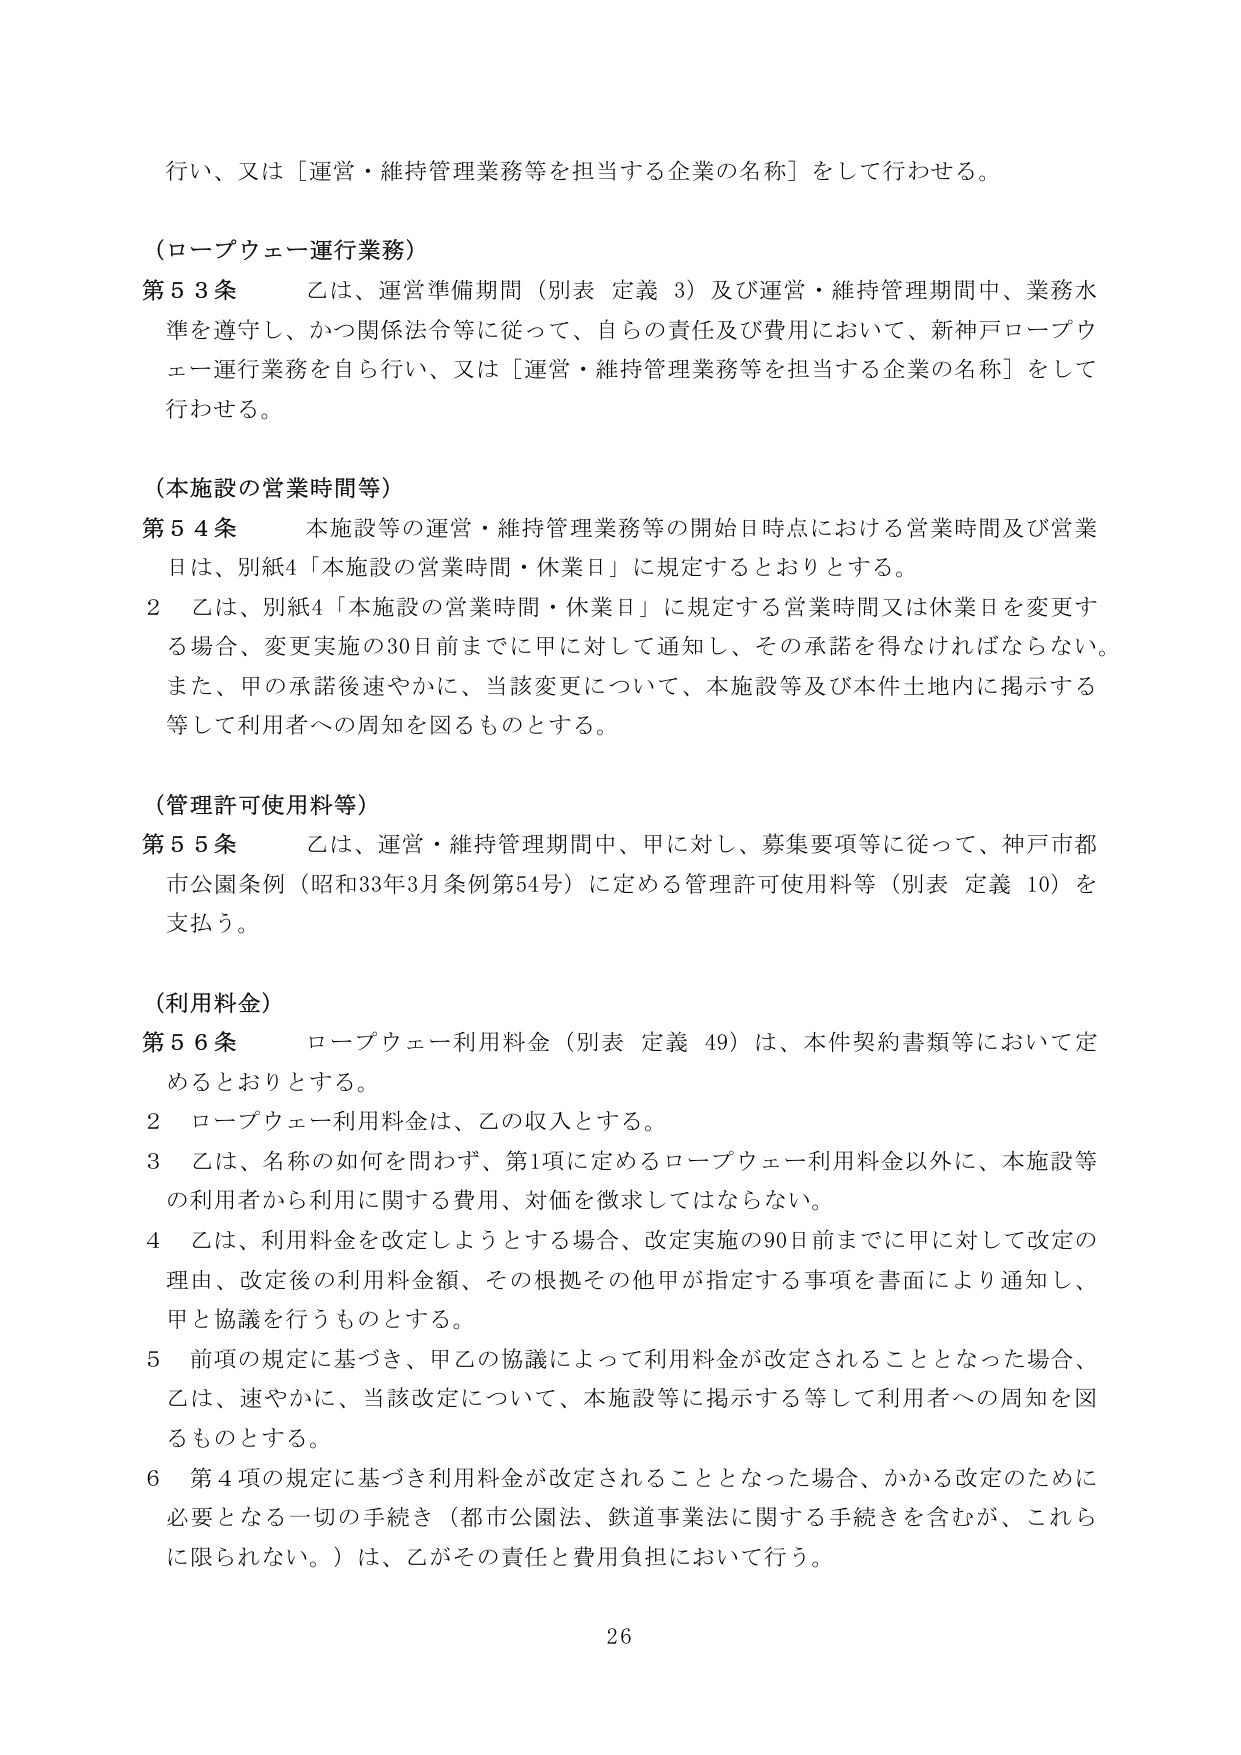
行い、又は［運営・維持管理業務等を担当する企業の名称］をして行わせる。

（ロープウェー運行業務）
第５３条　乙は、運営準備期間（別表 定義 3）及び運営・維持管理期間中、業務水準を遵守し、かつ関係法令等に従って、自らの責任及び費用において、新神戸ロープウェー運行業務を自ら行い、又は［運営・維持管理業務等を担当する企業の名称］をして行わせる。

（本施設の営業時間等）
第５４条　本施設等の運営・維持管理業務等の開始日時点における営業時間及び営業日は、別紙4「本施設の営業時間・休業日」に規定するとおりとする。
　　2　乙は、別紙4「本施設の営業時間・休業日」に規定する営業時間又は休業日を変更する場合、変更実施の30日前までに甲に対して通知し、その承諾を得なければならない。また、甲の承諾後速やかに、当該変更について、本施設等及び本件土地内に掲示する等して利用者への周知を図るものとする。

（管理許可使用料等）
第５５条　乙は、運営・維持管理期間中、甲に対し、募集要項等に従って、神戸市都市公園条例（昭和33年3月条例第54号）に定める管理許可使用料等（別表 定義 10）を支払う。

（利用料金）
第５６条　ロープウェー利用料金（別表 定義 49）は、本件契約書類等において定めるとおりとする。
　　2　ロープウェー利用料金は、乙の収入とする。
　　3　乙は、名称の如何を問わず、第1項に定めるロープウェー利用料金以外に、本施設等の利用者から利用に関する費用、対価を徴求してはならない。
　　4　乙は、利用料金を改定しようとする場合、改定実施の90日前までに甲に対して改定の理由、改定後の利用料金額、その根拠その他甲が指定する事項を書面により通知し、甲と協議を行うものとする。
　　5　前項の規定に基づき、甲乙の協議によって利用料金が改定されることとなった場合、乙は、速やかに、当該改定について、本施設等に掲示する等して利用者への周知を図るものとする。
　　6　第4項の規定に基づき利用料金が改定されることとなった場合、かかる改定のために必要となる一切の手続き（都市公園法、鉄道事業法に関する手続きを含むが、これらに限られない。）は、乙がその責任と費用負担において行う。

26